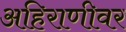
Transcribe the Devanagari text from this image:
अहिराणीवर